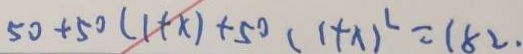
5 0 + 5 0 ( 1 + x ) + 5 0 ( 1 + x ) ^ { 2 } = 1 8 2 .